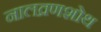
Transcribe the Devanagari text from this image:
नालव्रणशोथ